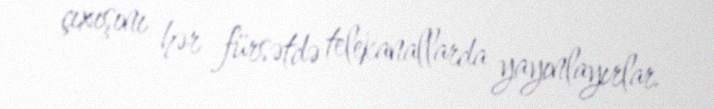
çıxışını hər fürsətdə telekanallarda yayınlayırlar.